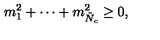
m _ { 1 } ^ { 2 } + \cdots + m _ { \tilde { N } _ { c } } ^ { 2 } \geq 0 ,